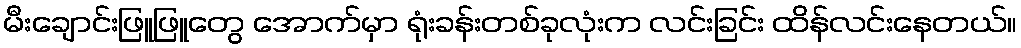
မီးချောင်းဖြူဖြူတွေ အောက်မှာ ရုံးခန်းတစ်ခုလုံးက လင်းခြင်း ထိန်လင်းနေတယ်။